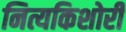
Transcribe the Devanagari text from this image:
नित्यकिशोरी